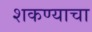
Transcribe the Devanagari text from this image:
शकण्याचा